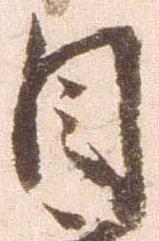
自